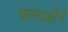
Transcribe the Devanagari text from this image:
चलवळीने